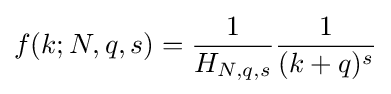
f(k;N,q,s)={\frac {1}{H_{N,q,s}}}{\frac {1}{(k+q)^{s}}}